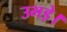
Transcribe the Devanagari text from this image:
उभड़े।